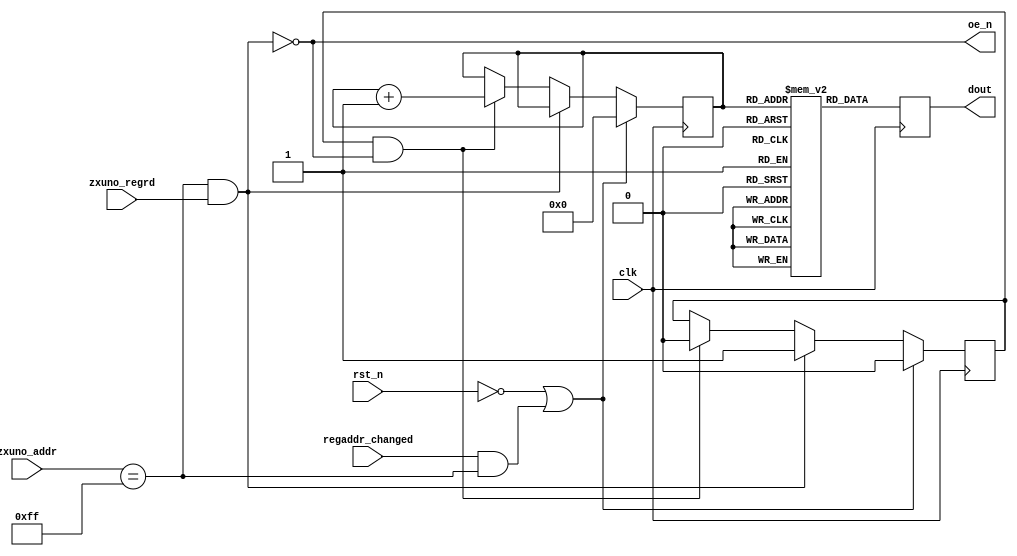
`timescale 1ns / 1ps
`default_nettype none

//////////////////////////////////////////////////////////////////////////////////
// Company: 
// Engineer: 
// 
// Design Name: 
// Module Name:    coreid 
// Project Name: 
// Target Devices: 
// Tool versions: 
// Description: 
//
// Dependencies: 
//
// Revision: 
// Revision 0.01 - File Created
// Additional Comments: 
//
//////////////////////////////////////////////////////////////////////////////////
module coreid (
    input wire clk,
    input wire rst_n,
    input wire [7:0] zxuno_addr,
    input wire zxuno_regrd,
    input wire regaddr_changed,
    output reg [7:0] dout,
    output wire oe_n
    );

    reg [7:0] text[0:15];
    integer i;
    initial begin
      for (i=0;i<16;i=i+1)
        text[i] = 8'h00;              
      text[ 0] = "T";
      text[ 1] = "2";
      text[ 2] = "4";
      text[ 3] = "-";
      text[ 4] = "2";
      text[ 5] = "5";
      text[ 6] = "1";
      text[ 7] = "1";
      text[ 8] = "2";
      text[ 9] = "0";
      text[10] = "1";
      text[11] = "6";
    end      
    
    reg [3:0] textindx = 4'h0;
    reg reading = 1'b0;
    assign oe_n = !(zxuno_addr == 8'hFF && zxuno_regrd==1'b1);
    
    always @(posedge clk) begin
        if (rst_n == 1'b0 || (regaddr_changed==1'b1 && zxuno_addr==8'hFF)) begin
            textindx <= 4'h0;
            reading <= 1'b0;
        end
        else if (oe_n==1'b0) begin
            reading <= 1'b1;
        end
        else if (reading == 1'b1 && oe_n==1'b1) begin
            reading <= 1'b0;
            textindx <= textindx + 1;
        end
        dout <= text[textindx];
    end
endmodule